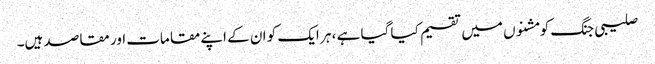
صلیبی جنگ کو مشنوں میں تقسیم کیا گیا ہے ، ہر ایک کو ان کے اپنے مقامات اور مقاصد ہیں۔